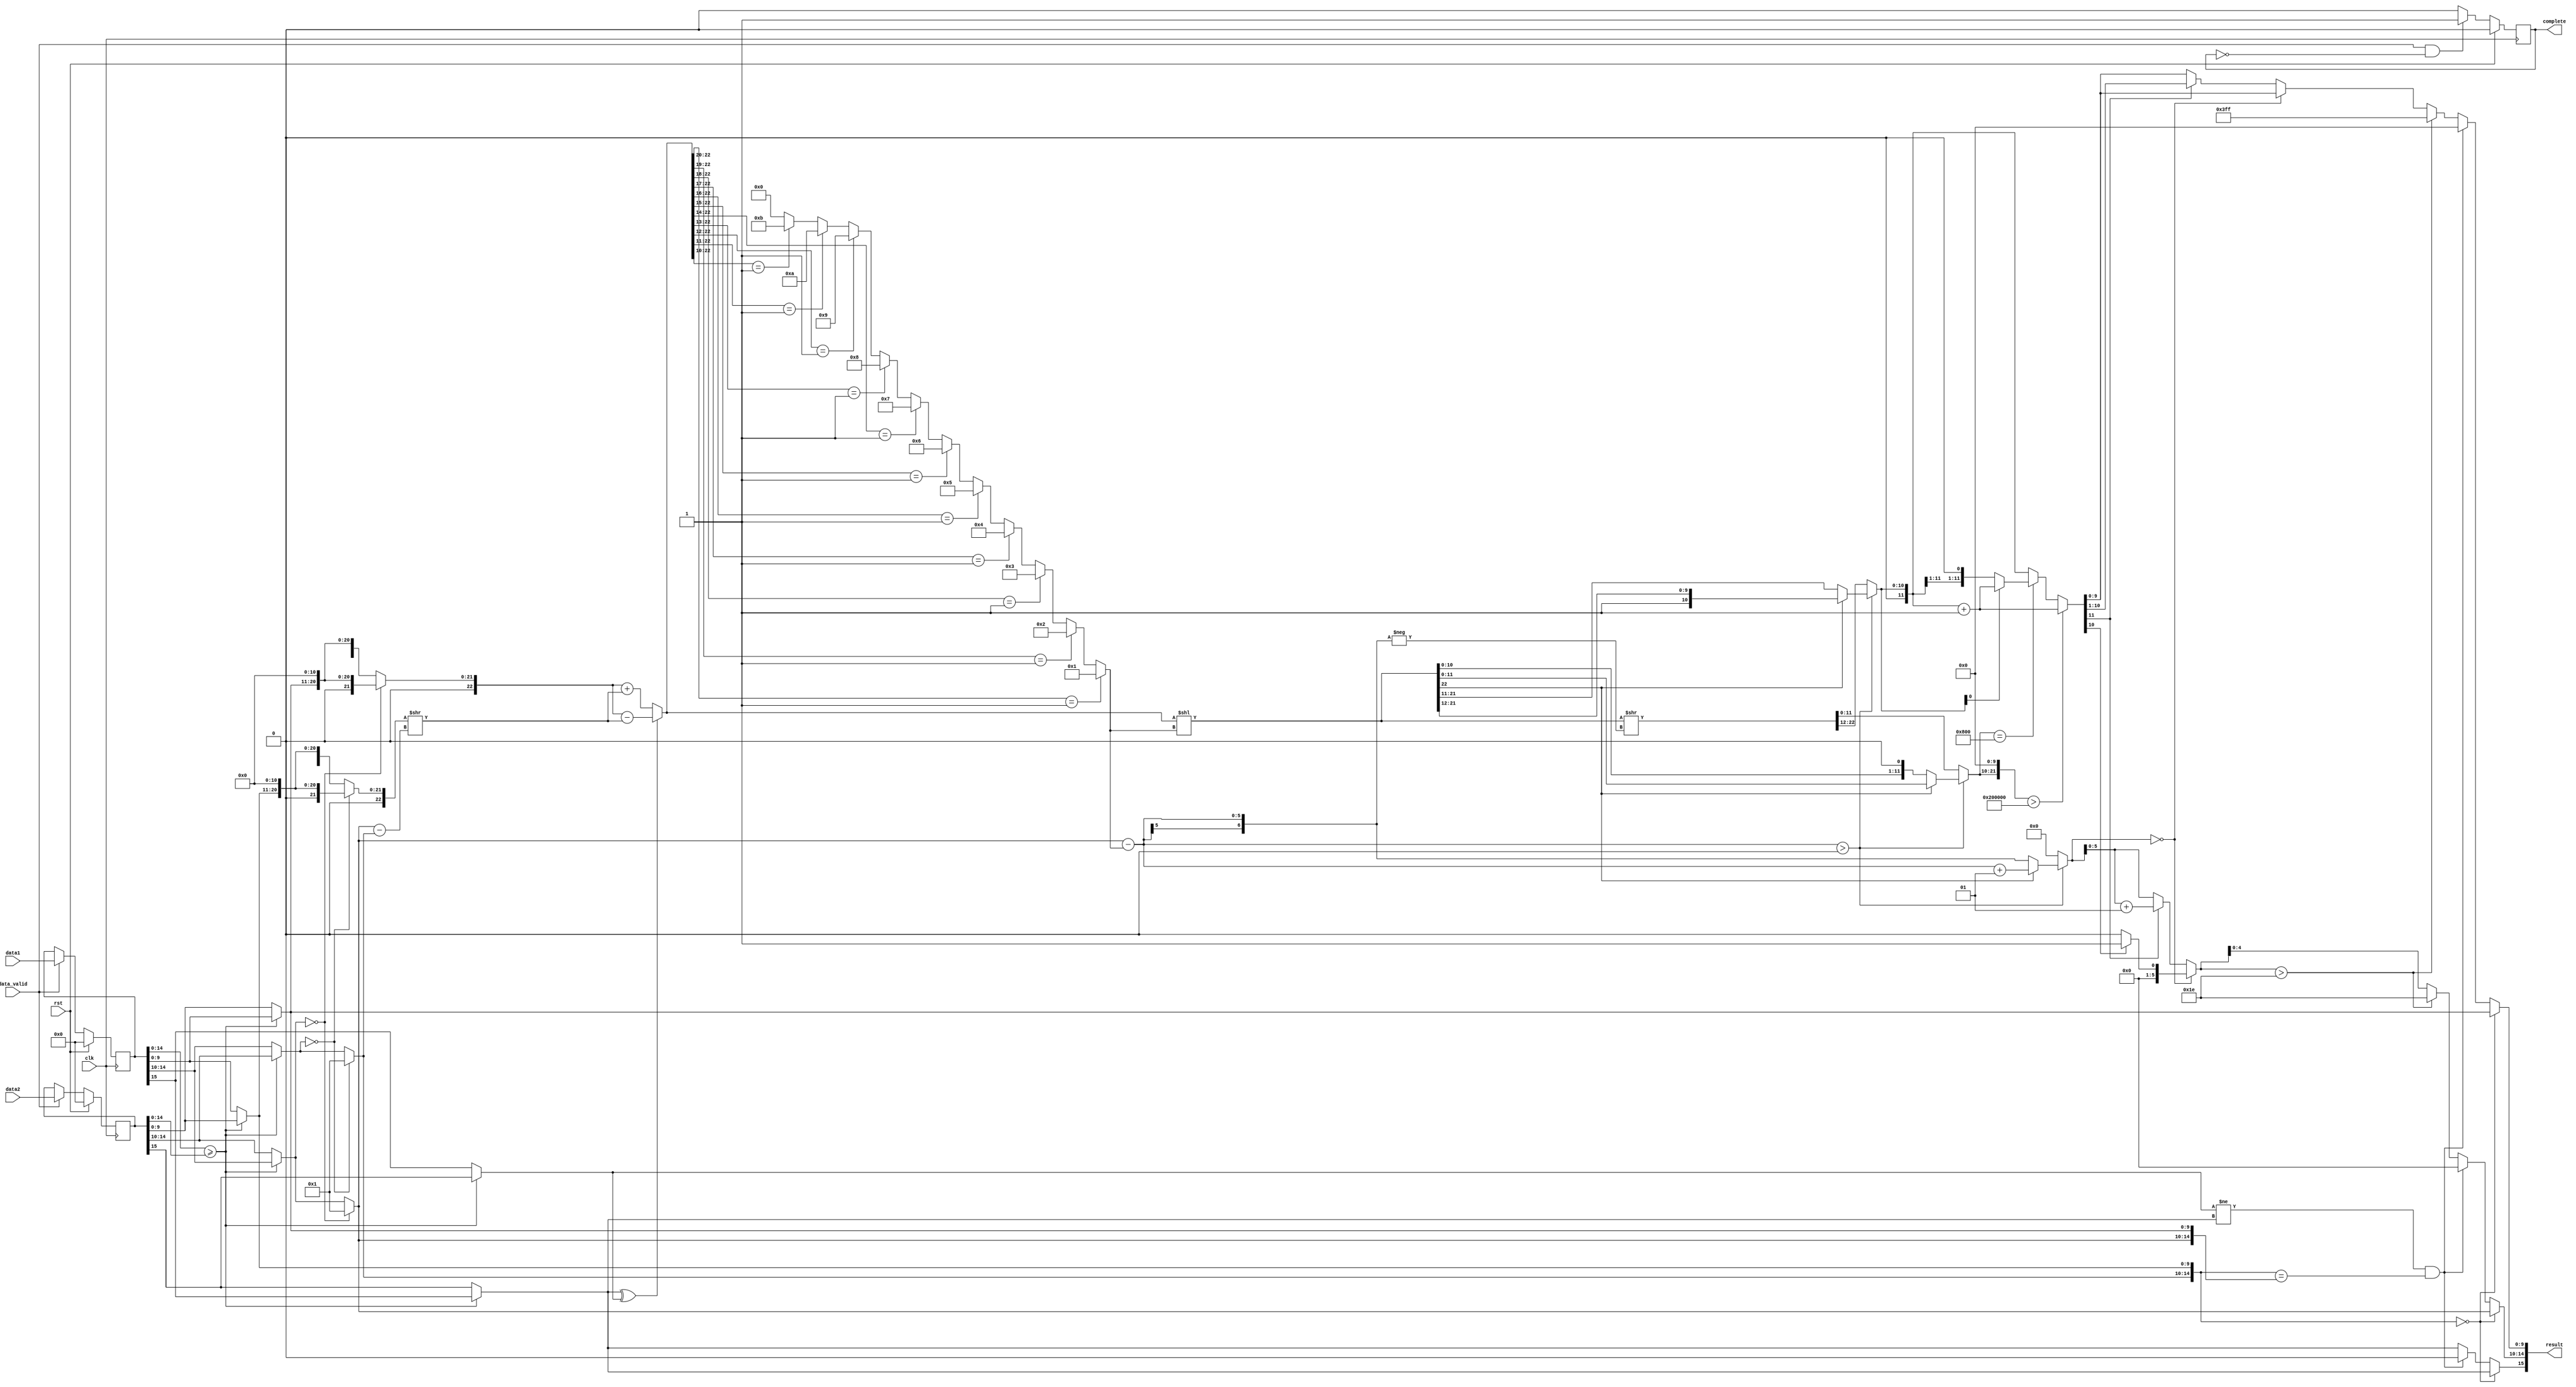
`timescale 1ps/1ps

module addition_fp16(data1,data2,data_valid,clk,rst,result,complete);

input wire [15:0]data1,data2;
input wire data_valid;
input wire clk;
input wire rst;

output wire [15:0]result;
output reg complete;

wire data1_signal,data2_signal;
wire [4:0]data1_exp,data2_exp;
wire [9:0]data1_mantissa,data2_mantissa;

reg max_signal,min_signal;
reg [4:0]max_exp_temp,min_exp_temp;
reg [9:0]max_mantissa,min_mantissa;

reg [4:0]max_exp,min_exp;
reg [22:0]max_frac,min_frac;

wire [4:0]shift_number_min;
wire [22:0]shift_frac;

wire flag;

reg [22:0]fraction;

wire signed [6:0]exponent_shift;
wire [22:0]fraction_shift;

reg [15:0]data1_temp,data2_temp;

always @(posedge clk)
begin
    if(rst)
    begin
        data1_temp <= 'd0;
        data2_temp <= 'd0;
    end
    else
    begin
        if(data_valid)
        begin
            data1_temp <= data1;
            data2_temp <= data2;
        end
    end
end

always @(posedge clk)
begin
    if(rst)
    begin
        complete <= 'd0;
    end
    else
    begin
        if(data_valid&&!complete)
        begin
            complete <= 1'b1;
        end
        else
        begin
            complete <= 1'd0;
        end
    end
end

assign data1_signal = data1_temp[15];
assign data1_exp = data1_temp[14:10];
assign data1_mantissa = data1_temp[9:0];
assign data2_signal = data2_temp[15];
assign data2_exp = data2_temp[14:10];
assign data2_mantissa = data2_temp[9:0];

always @(*)
begin
    if(data1_temp[14:0]>=data2_temp[14:0])
    begin
        max_signal = data1_signal;
        max_exp_temp = data1_exp;
        max_mantissa = data1_mantissa;
        min_signal = data2_signal;
        min_exp_temp = data2_exp;
        min_mantissa = data2_mantissa;
    end
    else 
    begin
        max_signal = data2_signal;
        max_exp_temp = data2_exp;
        max_mantissa = data2_mantissa;
        min_signal = data1_signal;
        min_exp_temp = data1_exp;
        min_mantissa = data1_mantissa;
    end
end

always @(*)
begin
    if(max_exp_temp == 5'b00000)
    begin
        max_exp = 5'b00001;
        max_frac = {2'b00,max_mantissa,11'b0000_0000_000};
    end
    else
    begin
        max_exp = max_exp_temp;
        max_frac = {2'b01,max_mantissa,11'b0000_0000_000};
    end
end

always @(*)
begin
    if(min_exp_temp == 5'b00000)
    begin
        min_exp = 5'b00001;
        min_frac = {2'b00,min_mantissa,11'b0000_0000_000};
    end
    else
    begin
        min_exp = min_exp_temp;
        min_frac = {2'b01,min_mantissa,11'b0000_0000_000};
    end
end

assign shift_number_min = max_exp-min_exp;
assign shift_frac = min_frac>>shift_number_min;

assign flag = max_signal^min_signal;//same:flag = 0 different:flag = 1

always@(*)
begin
    if(flag == 0)
        fraction = max_frac + shift_frac;
    else
        fraction = max_frac - shift_frac;
end

reg [3:0]shift_number;

always @(*)
begin
    if(fraction[22:20] == 3'b001)
        shift_number = 1;
    else if(fraction[22:19] == 4'b0001)
        shift_number = 2;
    else if(fraction[22:18] == 5'b00001)
        shift_number = 3;
    else if(fraction[22:17] == 6'b000001)
        shift_number = 4;
    else if(fraction[22:16] == 7'b0000001)
        shift_number = 5;
    else if(fraction[22:15] == 8'b00000001)
        shift_number = 6;
    else if(fraction[22:14] == 9'b000000001)
        shift_number = 7;
    else if(fraction[22:13] == 10'b0000000001)
        shift_number = 8;
    else if(fraction[22:12] == 11'b00000000001)
        shift_number = 9;
    else if(fraction[22:11] == 12'b000000000001)
        shift_number = 10;
    else if(fraction[22:10] == 13'b0000000000001)
        shift_number = 11;
    else
        shift_number = 0;
end

assign exponent_shift = max_exp-shift_number;
assign fraction_shift = fraction<<shift_number;

reg signed [6:0]exponent_normalization;
reg [22:0]fraction_nomalization;
reg [11:0]retrain_fraction;
reg [11:0]trunction_fraction_temp;
wire [21:0]trunction_fraction;

always@(*)
begin
    if(exponent_shift > 0)
    begin
        if(fraction_shift[22] == 1'b1)
        begin
            fraction_nomalization = fraction_shift;
            exponent_normalization = exponent_shift + 1;
            retrain_fraction = {1'b0,fraction_nomalization[22:12]}; 
            trunction_fraction_temp = fraction_nomalization[11:0];
        end
        else
        begin
            fraction_nomalization = fraction_shift;
            exponent_normalization = exponent_shift;
            retrain_fraction = fraction_nomalization[22:11];
            trunction_fraction_temp = {fraction_nomalization[10:0],1'b0}; 
        end
    end
    else
    begin
        fraction_nomalization = fraction_shift>>(-exponent_shift);
        exponent_normalization = 5'b00000;
        retrain_fraction = {1'b0,fraction_nomalization[22:12]}; 
        trunction_fraction_temp = fraction_nomalization[11:0];
    end
end

assign trunction_fraction = {trunction_fraction_temp,10'b0000_0000_00};

reg [11:0]fraction_roundoff_first;

always@(*)
begin
    if(trunction_fraction > 22'b1000_0000_0000_0000_0000_00)
    begin
        fraction_roundoff_first = retrain_fraction + 1;
    end
    else if(trunction_fraction == 22'b1000_0000_0000_0000_0000_00)
    begin
        if(retrain_fraction[0] == 1'b1)
        begin
            fraction_roundoff_first = retrain_fraction + 1;
        end
        else
        begin
            fraction_roundoff_first = retrain_fraction;
        end
    end
    else
    begin
        fraction_roundoff_first = retrain_fraction;
    end
end

reg [9:0]fraction_roundoff_second;
reg [5:0]exponent_roundoff;

always@(*)
begin
    if(exponent_normalization == 0)
    begin
        if(fraction_roundoff_first[10] == 1'b1)
        begin
            exponent_roundoff = 5'b00001;
            fraction_roundoff_second = fraction_roundoff_first[9:0];
        end
        else
        begin
            exponent_roundoff = 5'b00000;
            fraction_roundoff_second = fraction_roundoff_first[9:0];
        end
    end
    else
    begin
        if(fraction_roundoff_first[11] == 1'b1)
        begin
            exponent_roundoff = exponent_normalization + 1;
            fraction_roundoff_second = fraction_roundoff_first[10:1];
        end
        else
        begin
            exponent_roundoff = exponent_normalization;
            fraction_roundoff_second = fraction_roundoff_first[9:0];
        end
    end
end

reg result_signal;
reg [4:0]result_exp;
reg [9:0]result_mantissa;

always@(*)
begin
    if({min_exp,min_mantissa} == 15'b0000_0000_0000_000)
    begin
        result_signal = max_signal;
        result_exp = max_exp;
        result_mantissa = max_mantissa;
    end
    else if(min_signal != max_signal && {min_exp,min_mantissa} == {max_exp,max_mantissa})
    begin
        result_signal = 1'b0;
        result_exp = 5'b00000;
        result_mantissa = 10'b0000_0000_00;
    end
    else
    begin
        result_signal = max_signal;
        if(exponent_roundoff > 30)
        begin
            result_exp = 5'b11110;
            result_mantissa = 10'b1111_1111_11;
        end
        else
        begin
            result_exp = exponent_roundoff[4:0];
            result_mantissa = fraction_roundoff_second;
        end
    end
end

assign result = {result_signal,result_exp,result_mantissa};

endmodule